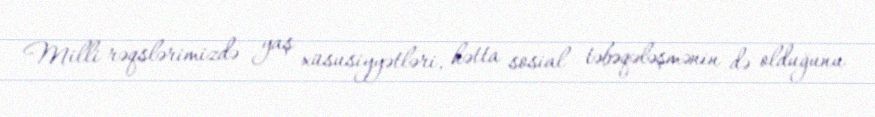
Milli rəqslərimizdə yaş xüsusiyyətləri, hətta sosial təbəqələşmənin də olduğunu